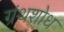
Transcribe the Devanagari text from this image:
ग्रंथशोध